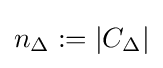
n_{\Delta }:=|C_{\Delta }|